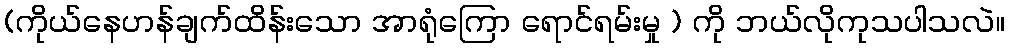
(ကိုယ်နေဟန်ချက်ထိန်းသော အာရုံကြော ရောင်ရမ်းမှု ) ကို ဘယ်လိုကုသပါသလဲ။